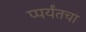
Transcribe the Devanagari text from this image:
प्पर्यंतचा